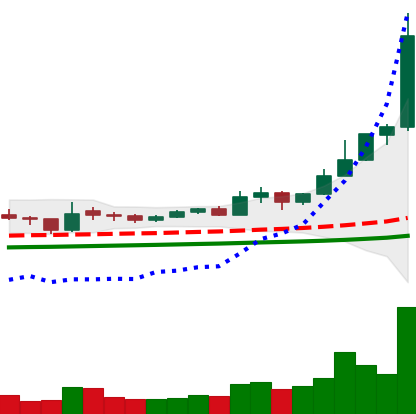
Ticker: ETC-USD
Chart end date: 2021-02-13
Forward return: -9.78%
Label: down_7plus